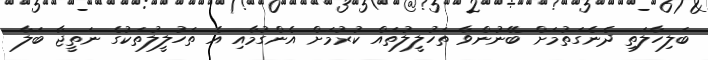
ބަލިހާލަތި ދެނެގަތުމަށް ބޭނުންވާ ތަހުލީލުތައް ކުރުމަށް އެންގުމާއި އެ ތަހުލީލުތަކުގެ ނަތީޖާ ބަލާ